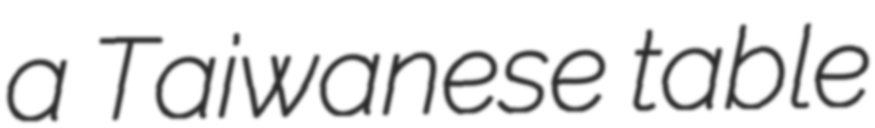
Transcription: a Taiwanese table